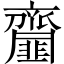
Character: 齏